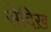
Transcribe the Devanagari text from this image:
सेदिख़